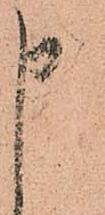
申